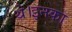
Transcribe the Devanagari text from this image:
थे।इनका